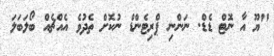
"ޔޫ އާ ނޮޓް ޑެޑް. ނަންނި ޕްރިޓެންޑް ނުކޮށް ތެދުވެ އެއްޗެއް ބޯލަބަލަ